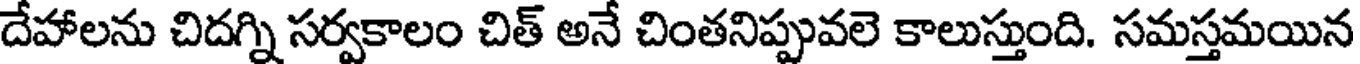
దేహాలను చిదగ్ని సర్వకాలం చిత్ అనే చింతనిప్పువలె కాలుస్తుంది. సమస్తమయిన